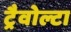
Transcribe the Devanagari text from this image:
ट्रैवोल्टा